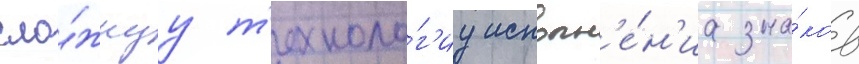
сло́жнуу т'ехноло́г'иу исполн'е́н'иа зна́ков